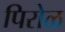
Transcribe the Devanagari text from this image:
पिरोळ